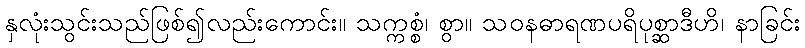
နှလုံးသွင်းသည်ဖြစ်၍လည်းကောင်း။ သက္ကစ္စံ၊ စွာ။ သဝနဓာရဏပရိပုစ္ဆာဒီဟိ၊ နာခြင်း